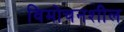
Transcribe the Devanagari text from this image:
विमोचनशील